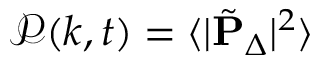
\mathcal { P } ( k , t ) = \langle | \tilde { \mathbf { P } } _ { \Delta } | ^ { 2 } \rangle